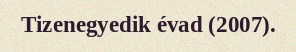
Tizenegyedik évad (2007).